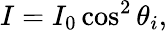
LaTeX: I=I_{0}\cos^{2}\theta_{i},